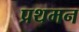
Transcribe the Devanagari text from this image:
प्रथमन